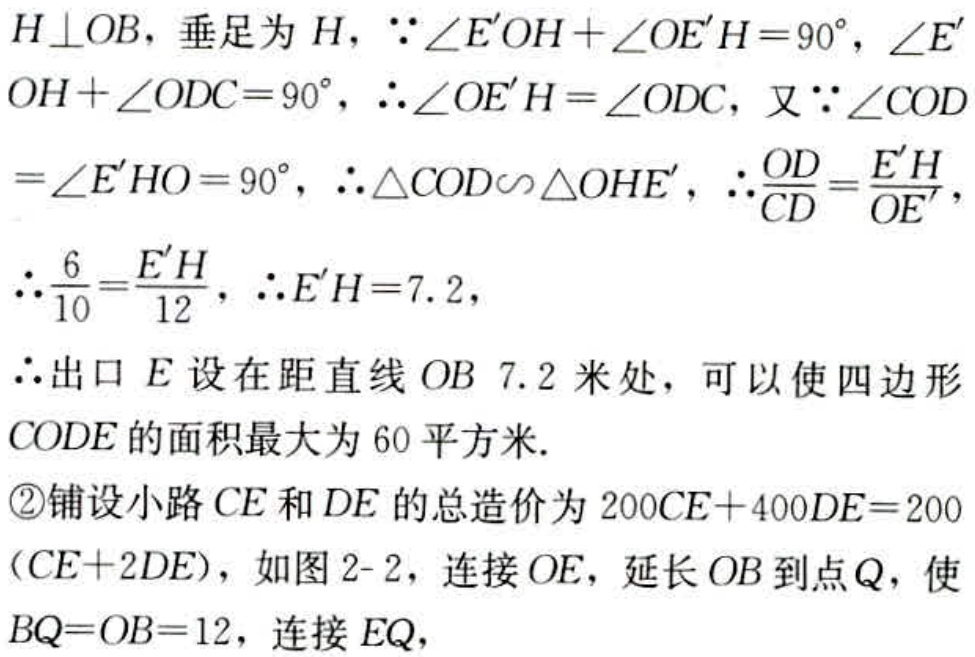
$H\perp OB$，垂足为$H$，$\because\angle E'OH + \angle OE'H = 90^{\circ}$，$\angle E'OH+\angle ODC = 90^{\circ}$，$\therefore\angle OE'H=\angle ODC$，又$\because\angle COD=\angle E'HO = 90^{\circ}$，$\therefore\triangle COD\backsim\triangle OHE'$，$\therefore\frac{OD}{CD}=\frac{E'H}{OE'}$，$\therefore\frac{6}{10}=\frac{E'H}{12}$，$\therefore E'H = 7.2$，
$\therefore$出口$E$设在距直线$OB\ 7.2$米处，可以使四边形$CODE$的面积最大为$60$平方米.
\textcircled{2}铺设小路$CE$和$DE$的总造价为$200CE + 400DE = 200(CE + 2DE)$，如图2 - 2，连接$OE$，延长$OB$到点$Q$，使$BQ = OB = 12$，连接$EQ$，